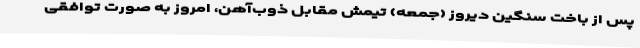
پس از باخت سنگین دیروز (جمعه) تیمش مقابل ذوب‌آهن، امروز به صورت توافقی